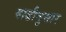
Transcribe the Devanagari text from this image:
वाढीनुसार